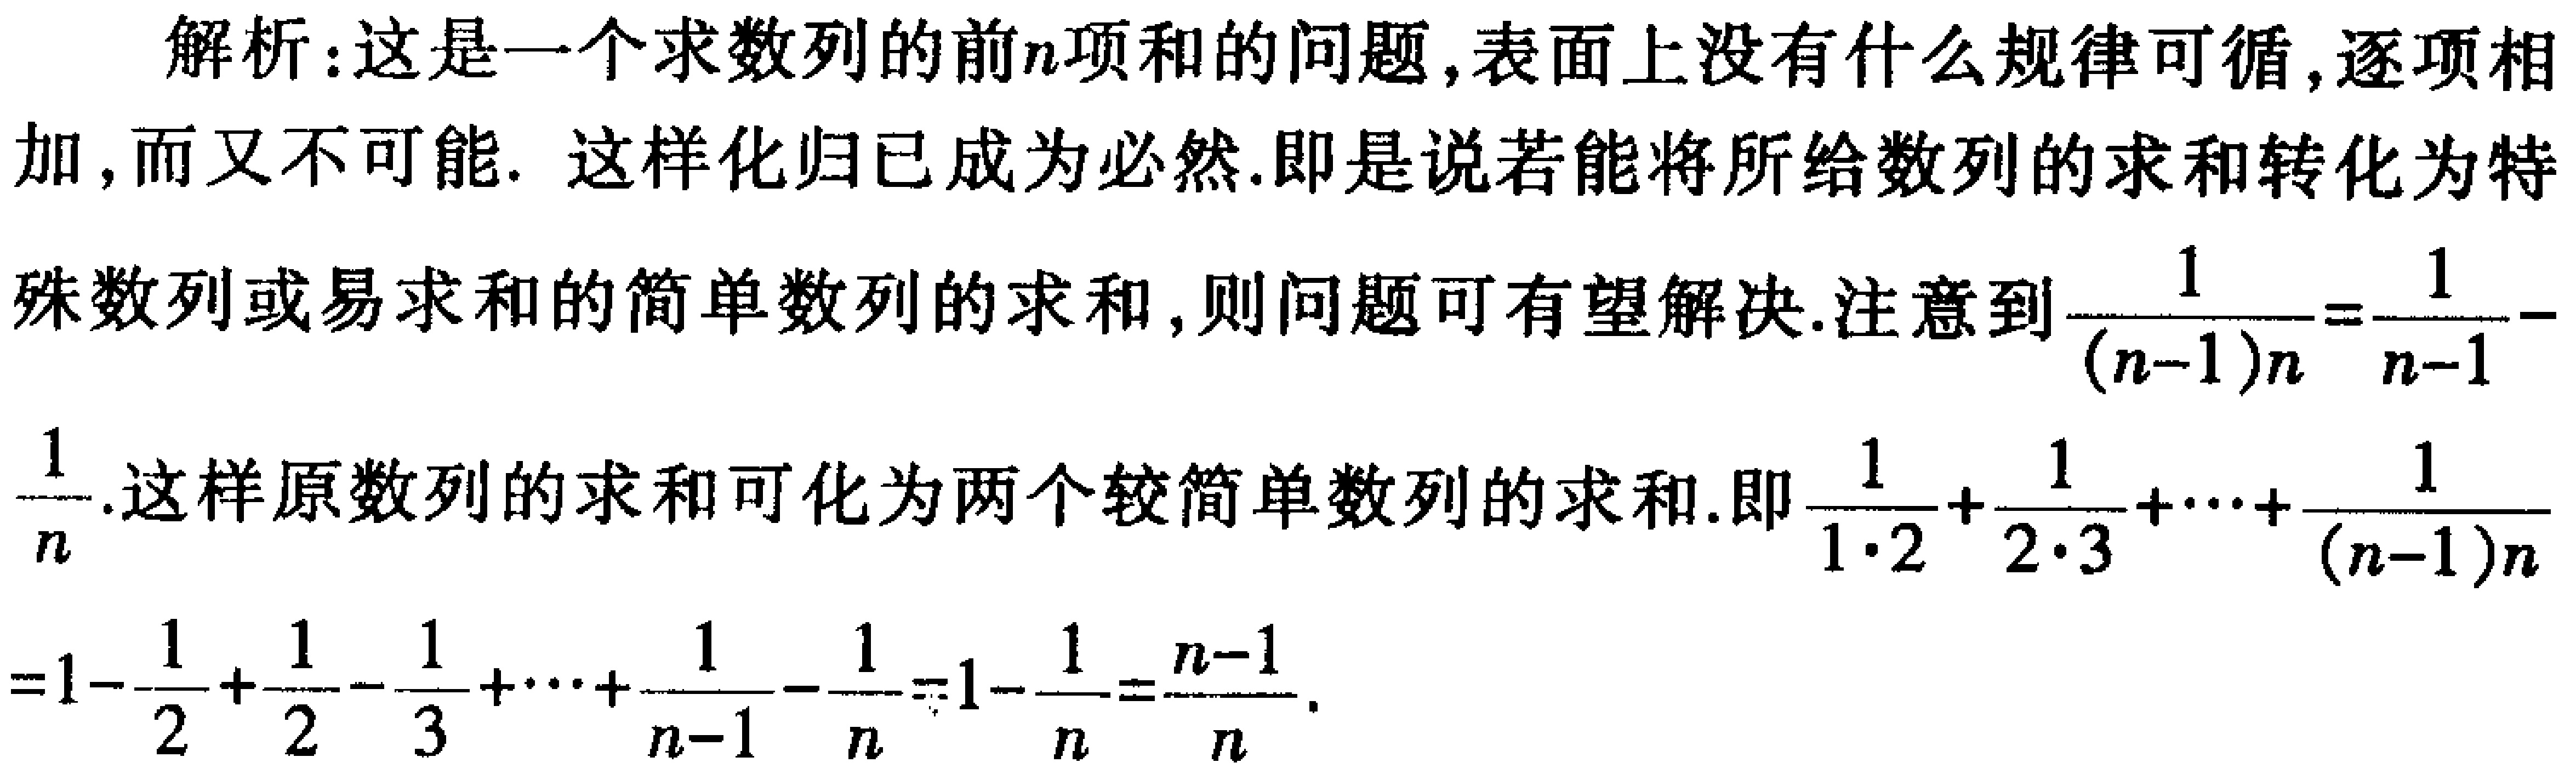
解析：这是一个求数列的前\(n\)项和的问题,表面上没有什么规律可循,逐项相加,而又不可能. 这样化归已成为必然.即是说若能将所给数列的求和转化为特殊数列或易求和的简单数列的求和,则问题可有望解决.注意到\(\frac{1}{(n - 1)n}=\frac{1}{n - 1}-\frac{1}{n}\).这样原数列的求和可化为两个较简单数列的求和.即\(\frac{1}{1\cdot2}+\frac{1}{2\cdot3}+\cdots+\frac{1}{(n - 1)n}=1-\frac{1}{2}+\frac{1}{2}-\frac{1}{3}+\cdots+\frac{1}{n - 1}-\frac{1}{n}=1-\frac{1}{n}=\frac{n - 1}{n}\).